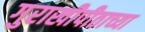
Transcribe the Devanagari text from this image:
गुराखीपीठाच्या